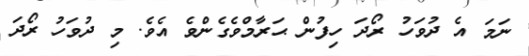
ނަމަ އެ ދުވަހު ރޯދަ ހިފުން ޙަރާމްވެގެންވެ އެވެ. މި ދުވަހު ރޯދަ